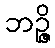
ဘဉ္ဇိ